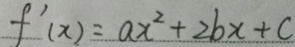
f ^ { \prime } ( x ) = a x ^ { 2 } + 2 b x + c